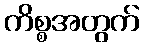
ကိစ္စအတွက်